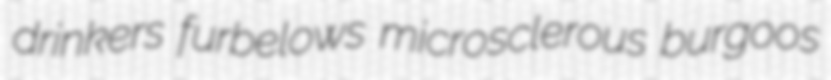
drinkers furbelows microsclerous burgoos